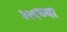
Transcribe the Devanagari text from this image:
३२६च्या